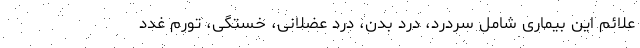
علائم این بیماری شامل سردرد، درد بدن، درد عضلانی، خستگی، تورم غدد